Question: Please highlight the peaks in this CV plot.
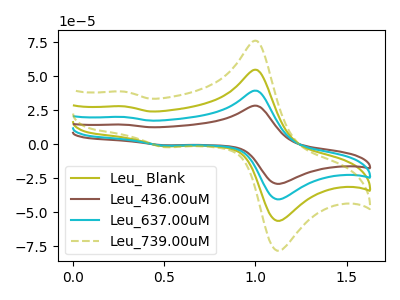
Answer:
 <answer>The olive curve "Leu_ Blank" has anodic peaks at (1.00V, 54.65uA) (0.30V, 27.80uA) and cathodic peaks at (1.15V, -55.70uA) (0.50V, -1.60uA). The brown curve "Leu_436.00uM" has anodic peaks at (1.00V, 163.90uA) (0.30V, 83.35uA) and cathodic peaks at (1.15V, -167.10uA) (0.50V, -4.75uA). The cyan curve "Leu_637.00uM" has anodic peaks at (1.00V, 109.25uA) (0.30V, 55.55uA) and cathodic peaks at (1.15V, -111.40uA) (0.50V, -3.20uA). The olive dashed curve "Leu_739.00uM" has anodic peaks at (1.00V, 75.95uA) (0.30V, 38.60uA) and cathodic peaks at (1.15V, -77.40uA) (0.50V, -2.20uA).</answer>
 <eval></eval>